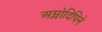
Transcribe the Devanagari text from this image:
अम्लोदिपिने